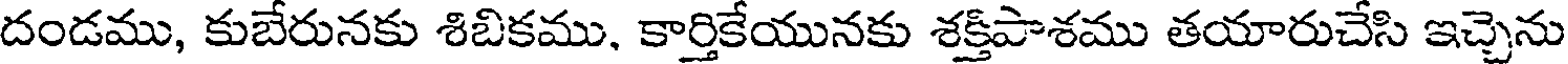
దండము, కుబేరునకు శిబికము, కార్తికేయునకు శక్తిపాశము తయారుచేసి ఇచ్చెను